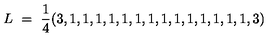
L \ = \ { \frac { 1 } { 4 } } ( 3 , 1 , 1 , 1 , 1 , 1 , 1 , 1 , 1 , 1 , 1 , 1 , 1 , 1 , 1 , 3 )